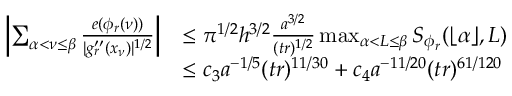
\begin{array} { r l } { \left| \sum _ { \alpha < \nu \le \beta } \frac { e ( \phi _ { r } ( \nu ) ) } { | g _ { r } ^ { \prime \prime } ( x _ { \nu } ) | ^ { 1 / 2 } } \right| } & { \le \pi ^ { 1 / 2 } h ^ { 3 / 2 } \frac { a ^ { 3 / 2 } } { ( t r ) ^ { 1 / 2 } } \operatorname* { m a x } _ { \alpha < L \le \beta } S _ { \phi _ { r } } ( \lfloor \alpha \rfloor , L ) } \\ & { \le c _ { 3 } a ^ { - 1 / 5 } ( t r ) ^ { 1 1 / 3 0 } + c _ { 4 } a ^ { - 1 1 / 2 0 } ( t r ) ^ { 6 1 / 1 2 0 } } \end{array}